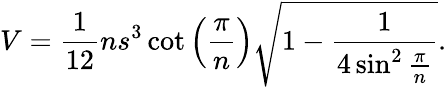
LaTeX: V={\frac{1}{12}}ns^{3}\cot\left({\frac{\pi}{n}}\right){\sqrt{1-{\frac{1}{4\sin^{2}{\frac{\pi}{n}}}}}}.